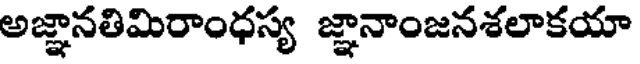
అజ్ఞానతిమిరాంధస్య జ్ఞానాంజనశలాకయా